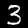
Digit: 3